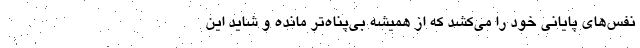
نفس‌های پایانی خود را می‌کشد که از همیشه بی‌پناه‌تر مانده و شاید این